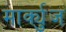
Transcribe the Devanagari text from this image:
मार्क्युज